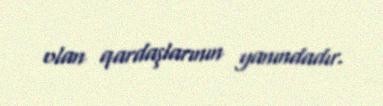
olan qardaşlarının yanındadır.